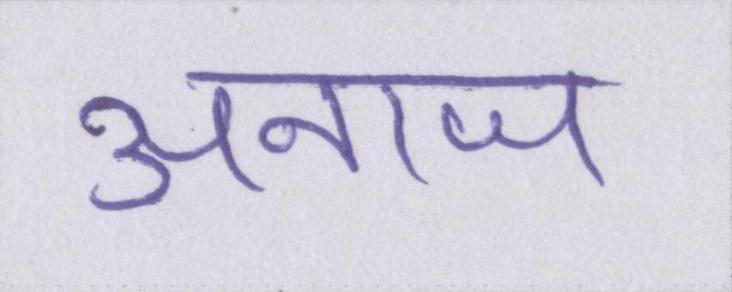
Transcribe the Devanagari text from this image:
अनाज